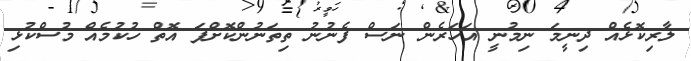
ލާރިކޮޅެއް ދިނީމަ ނިމުނީ އަހަރެން ނަސް ފެނުނު ތިތަނުންކޮށްފަ އޮތް ހުކުމެއް މުސްކުޅި